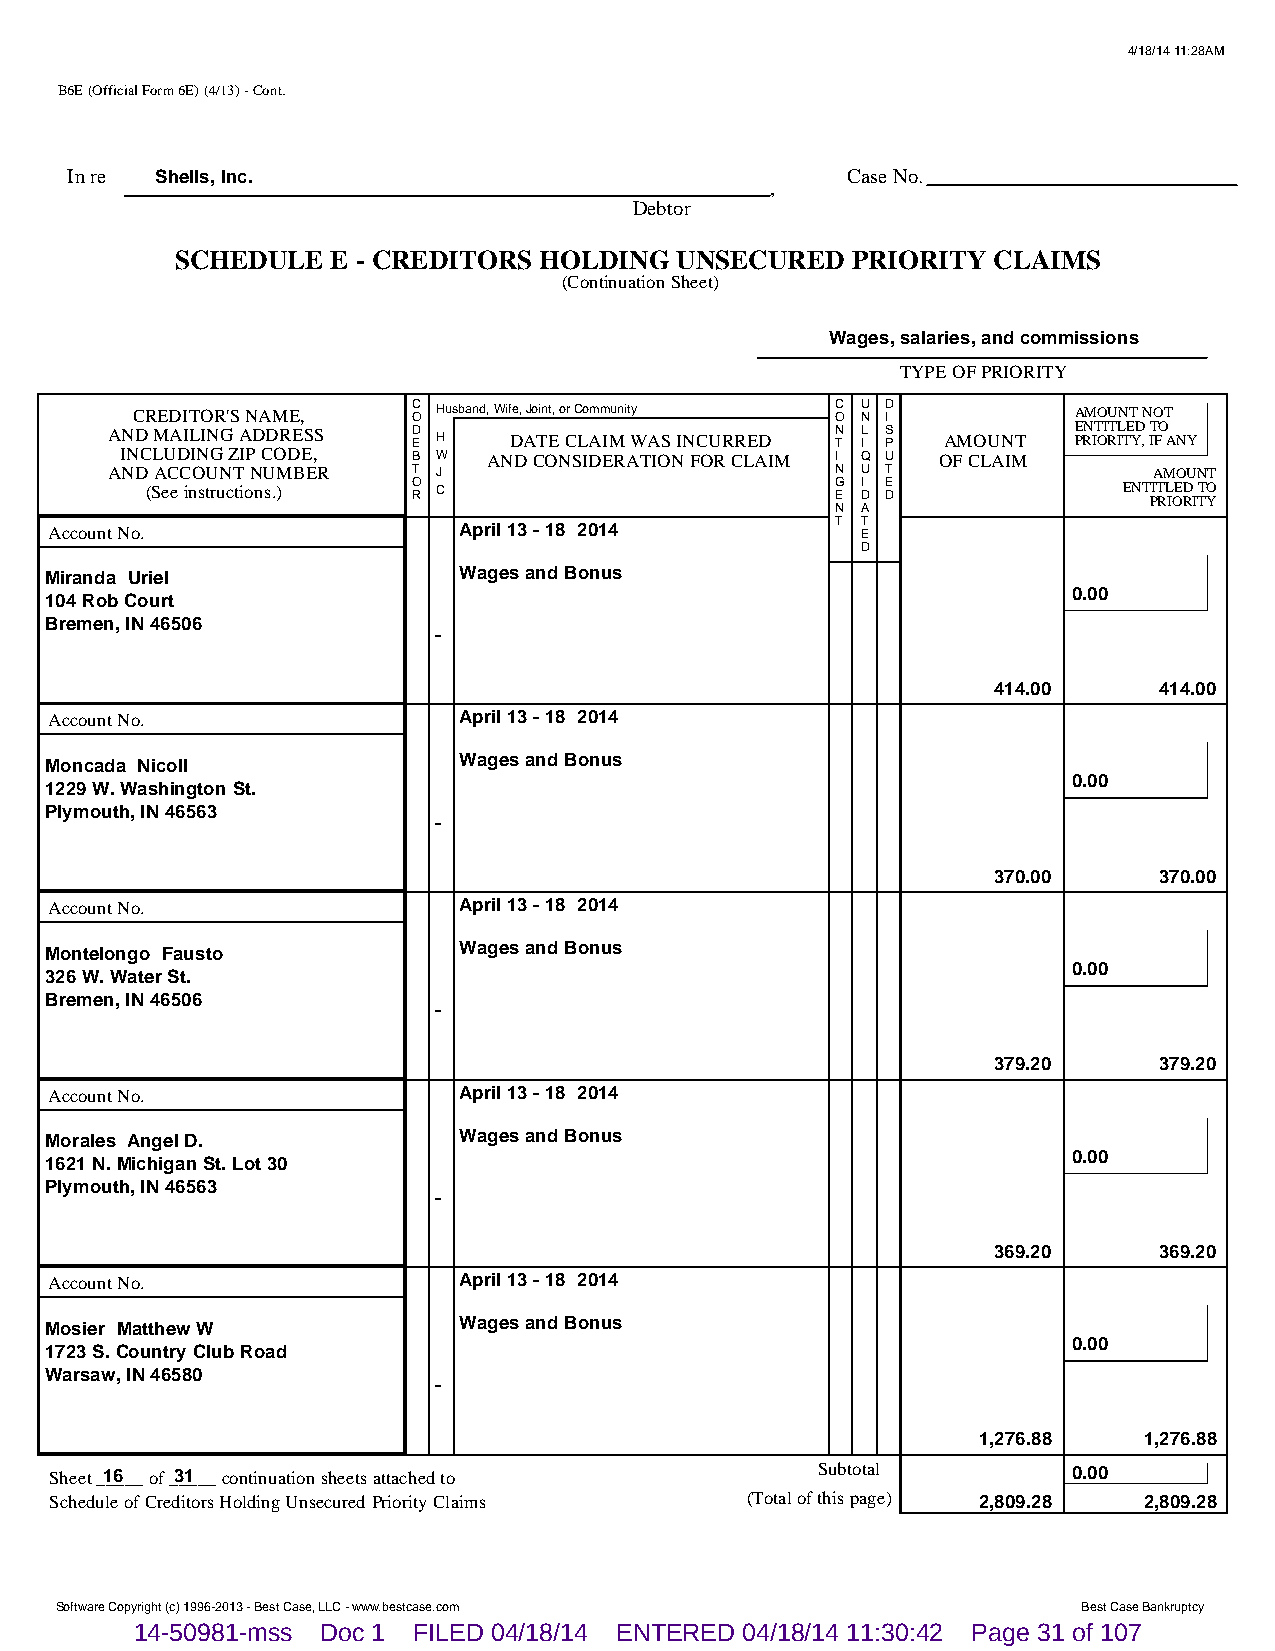
4/18/14 11:28AM
 B6E (Official Form 6E) (4/13) - Cont.
 In re Shells, Inc.                                  Case No.
 ,
 Debtor
 SCHEDULE  E - CREDITORS HOLDING  UNSECURED  PRIORITY  CLAIMS
 (Continuation Sheet)
 Wages, salaries, and commissions
 TYPE OF PRIORITY
 CREDITOR'S NAME,  C O Husband, Wife, Joint, or Community C O U N D I AMOUNT NOT
 AND MAILING ADDRESS D E H  DATE CLAIM WAS INCURRED N T L I S P AMOUNT E PRN IT OI RT IL TE YD , IT FO ANY
 INCLUDING ZIP CODE, B W AND CONSIDERATION FOR CLAIM I Q U OF CLAIM
 AND ACCOUNT NUMBER  T J                         N U T                AMOUNT
 (See instructions.) O R C                    G E I D E D        ENT PIT RL IOE RD I TT YO
 N A
 Account No.                April 13 - 18 2014       T T E
 D
 Miranda Uriel              Wages and Bonus
 0.00
 104 Rob Court
 Bremen, IN 46506
 -
 414.00     414.00
 Account No.                April 13 - 18 2014
 Moncada Nicoll             Wages and Bonus
 0.00
 1229 W. Washington St.
 Plymouth, IN 46563
 -
 370.00     370.00
 Account No.                April 13 - 18 2014
 Montelongo Fausto          Wages and Bonus
 0.00
 326 W. Water St.
 Bremen, IN 46506
 -
 379.20     379.20
 Account No.                April 13 - 18 2014
 Morales Angel D.           Wages and Bonus
 0.00
 1621 N. Michigan St. Lot 30
 Plymouth, IN 46563
 -
 369.20     369.20
 Account No.                April 13 - 18 2014
 Mosier Matthew W           Wages and Bonus
 0.00
 1723 S. Country Club Road
 Warsaw, IN 46580
 -
 1,276.88   1,276.88
 Sheet _1_6___ of _3_1___ continuation sheets attached to Subtotal   0.00
 Schedule of Creditors Holding Unsecured Priority Claims (Total of this page) 2,809.28 2,809.28
 Software Copyright (c) 1996-2013 - Best Case, LLC - www.bestcase.com Best Case Bankruptcy
 14-50981-mss Doc 1 FILED 04/18/14 ENTERED 04/18/14 11:30:42 Page 31 of 107